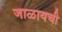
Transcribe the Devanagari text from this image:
जाळायची